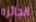
الجائزه